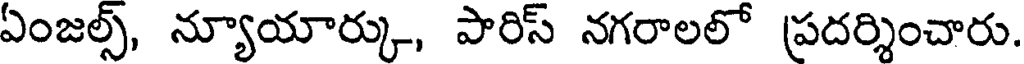
ఏంజల్స్, న్యూయార్కు, పారిస్ నగరాలలో ప్రదర్శించారు.